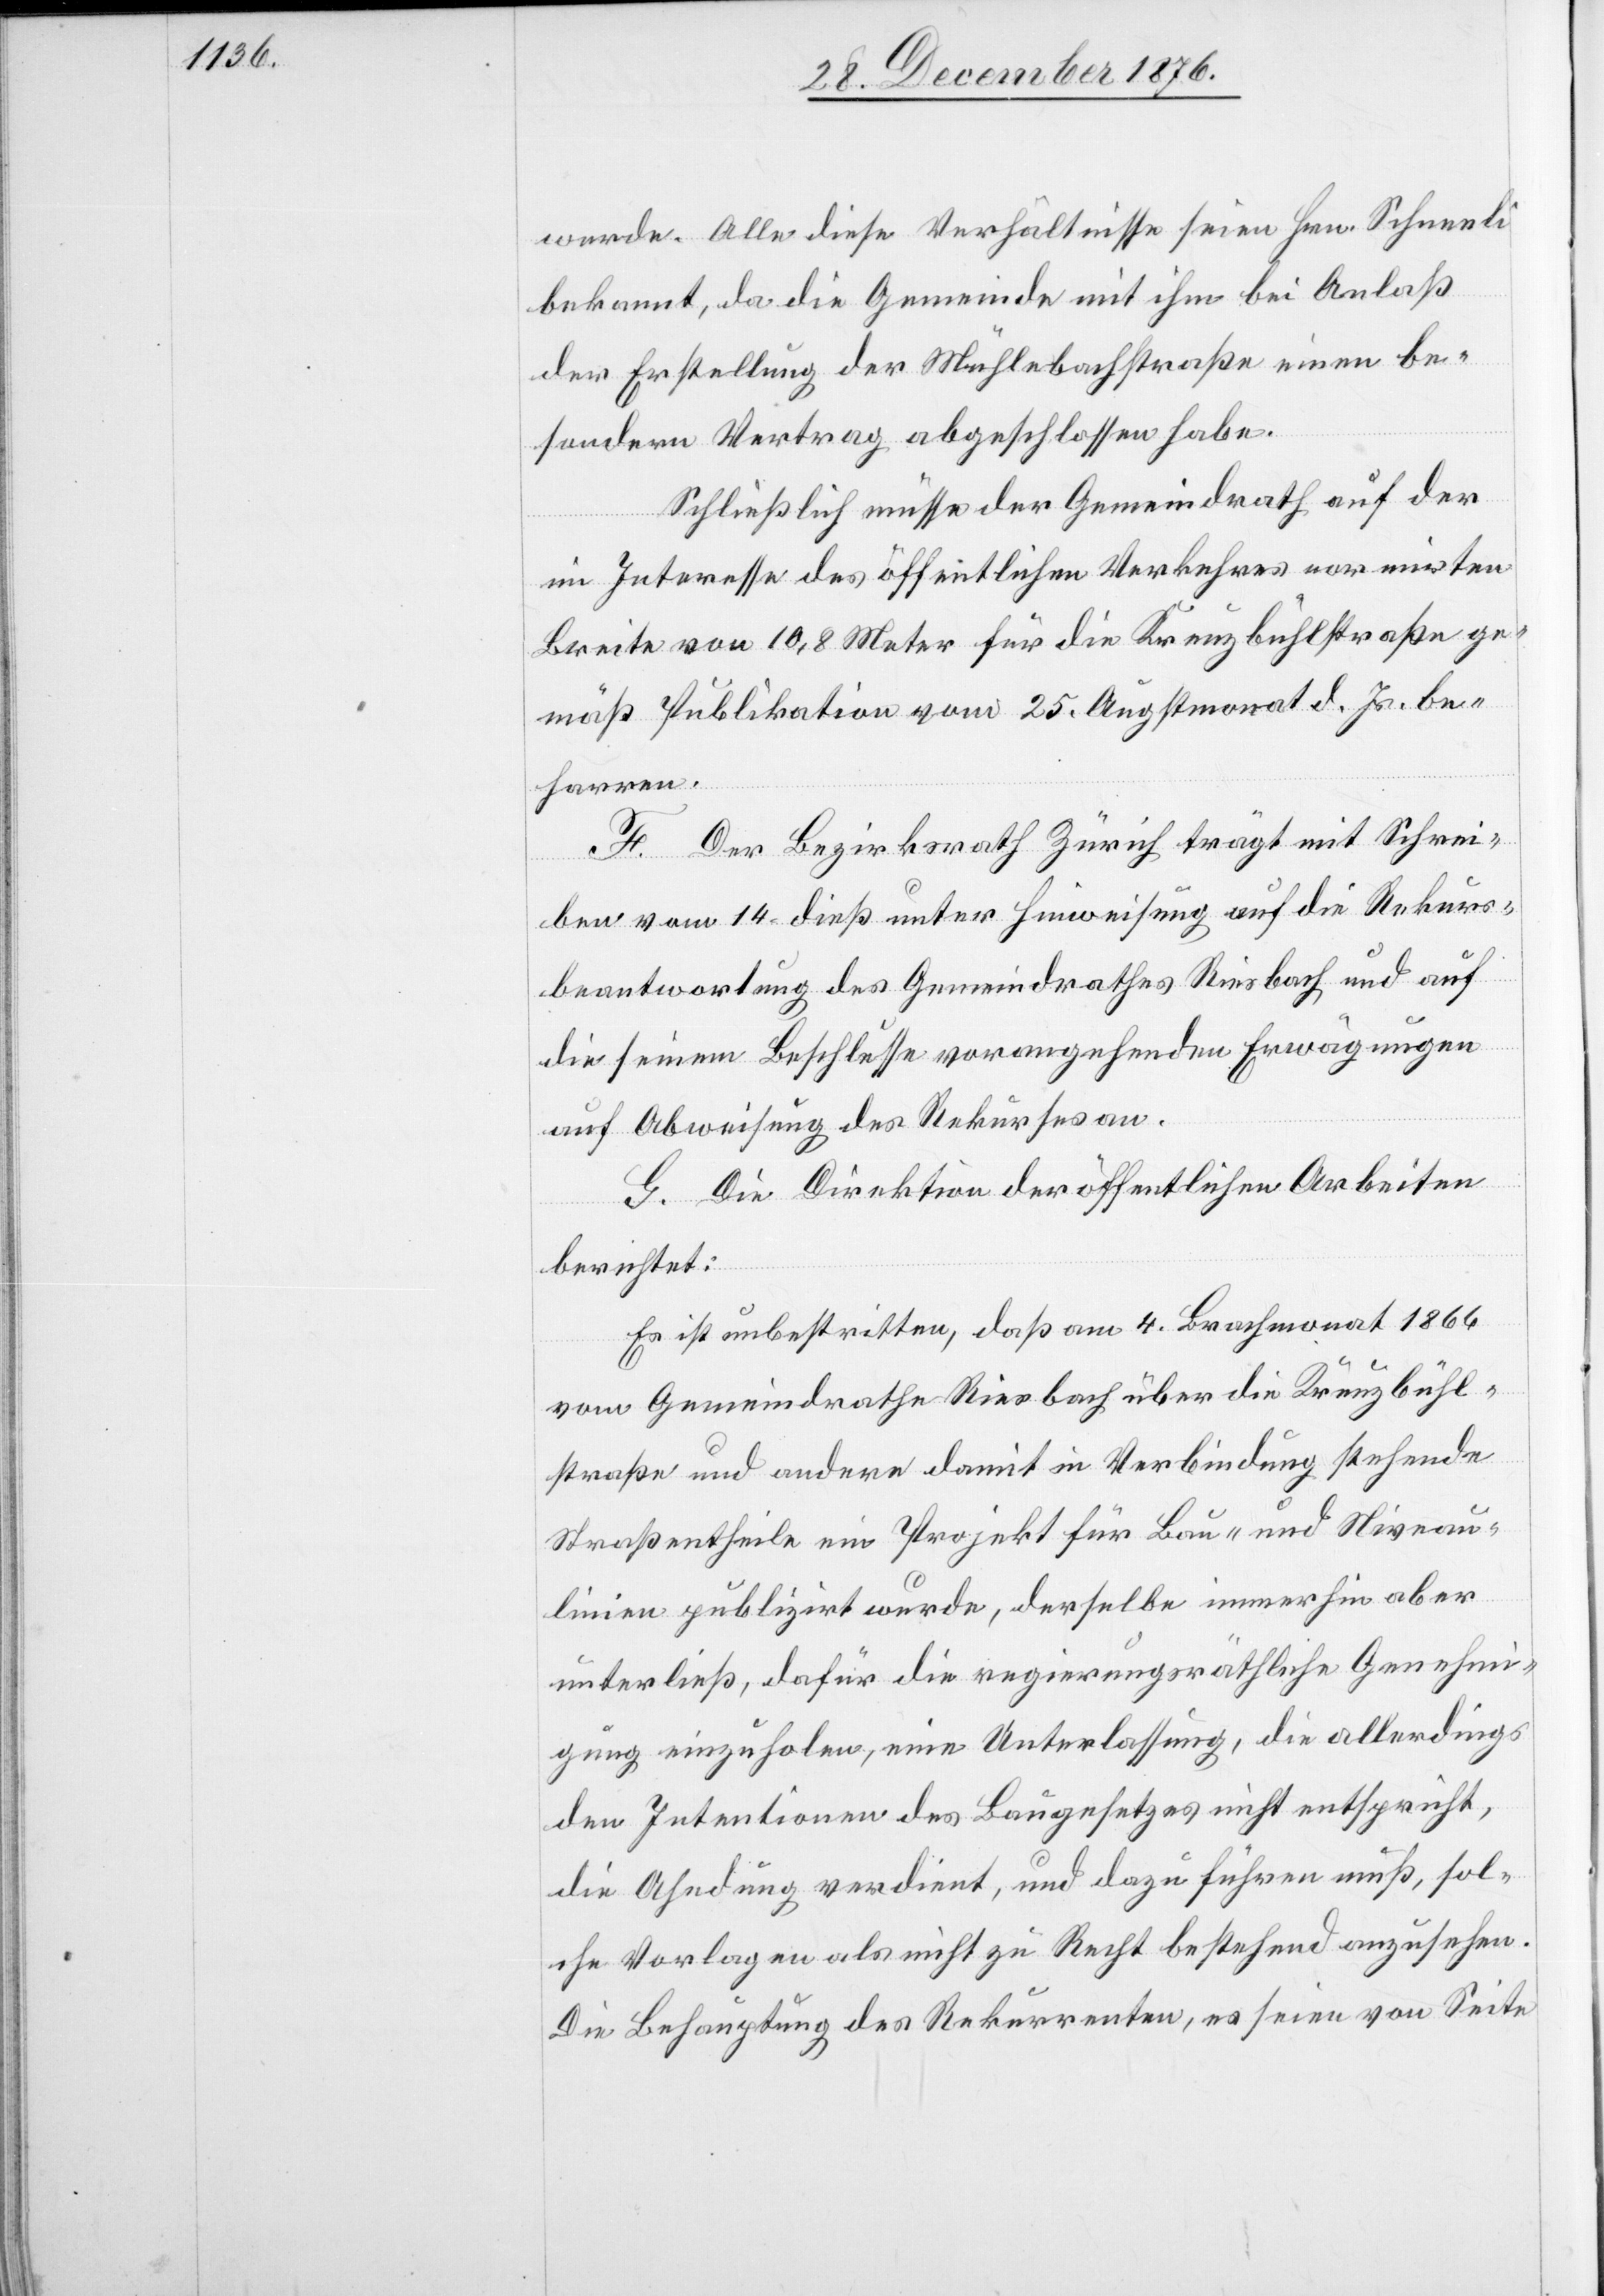
wurde. Alle diese Verhältnisse seien Hrn. Schneeli
bekannt, da die Gemeinde mit ihm bei Anlaß
der Erstellung der Mühlebachstraße einen be¬
sondern Vertrag abgeschlossen habe.
Schließlich müsse der Gemeindrath auf der
im Interesse des öffentlichen Verkehres normirten
Breite von 10,8 Meter für die Kreuzbühlstraße ge¬
mäß Publikation vom 25. Augstmonat d. Js. be¬
harren.
F. Der Bezirksrath Zürich trägt mit Schrei¬
ben vom 14. dieß unter Hinweisung auf die Rekurs¬
beantwortung des Gemeindrathes Riesbach und auf
die seinem Beschlusse vorangehenden Erwägungen
auf Abweisung des Rekurses an.
G. Die Direktion der öffentlichen Arbeiten
berichtet:
Es ist unbestritten, daß am 4. Brachmonat 1866
vom Gemeindrathe Riesbach über die Kreuzbühl¬
straße und andere damit in Verbindung stehende
Straßentheile ein Projekt für Bau- und Niveau¬
linien publizirt wurde, derselbe immerhin aber
unterließ, dafür die regierungsräthliche Genehmi¬
gung einzuholen, eine Unterlassung, die allerdings
den Intentionen des Baugesetzes nicht entspricht,
die Ahndung verdient, und dazu führen muß, sol¬
che Vorlagen als nicht zu Recht bestehend anzusehen.
Die Behauptung des Rekurrenten, es seien von Seite